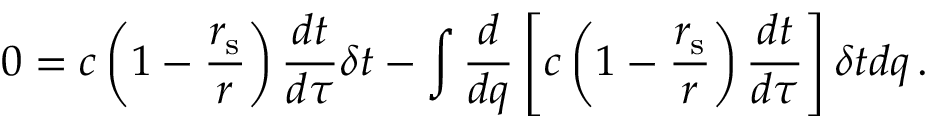
0 = c \left( 1 - { \frac { r _ { \mathrm { { s } } } } { r } } \right) { \frac { d t } { d \tau } } \delta t - \int { { \frac { d } { d q } } \left[ c \left( 1 - { \frac { r _ { \mathrm { { s } } } } { r } } \right) { \frac { d t } { d \tau } } \right] \delta t d q } \, .